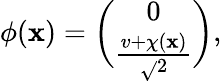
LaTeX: \phi(\mathbf{x})={\binom{0}{\frac{{v+\chi(\mathbf{x})}}{{\sqrt{}{2}}}}},